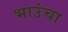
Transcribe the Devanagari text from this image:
भाउंचा